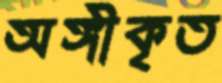
অঙ্গীকৃত